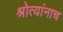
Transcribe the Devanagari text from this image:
श्रोत्यांनाच